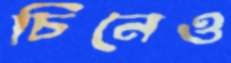
চিনেও